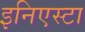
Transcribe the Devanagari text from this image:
इनिएस्टा